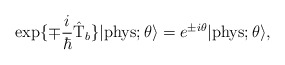
\begin{align*}\exp\{\mp \frac{i}{\hbar} \hat{\rm T}_b\} |{\rm phys}; \theta \rangle= e^{\pm i\theta} |{\rm phys}; \theta \rangle,\end{align*}